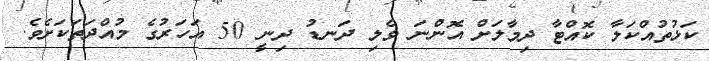
ކަޅުތުއްކަލާ ކޮއްޓާ ދިމާލަށް އޮންނަ ވެލި ދަނޑު ދިނީ 50 އަހަރުގެ މުއްދަތަކަށެވެ.